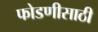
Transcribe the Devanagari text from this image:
फोडणीसाठी